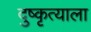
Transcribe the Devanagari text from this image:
दुष्कृत्याला